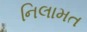
નિલામત